Indian journal of veterinary science and animal husbandry - Volume 1,
Year: 1931
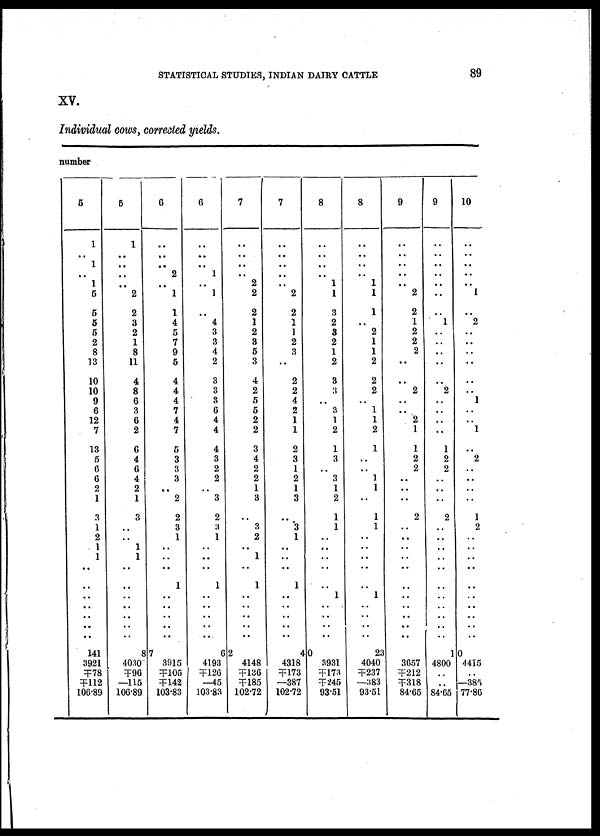
STATISTICAL STUDIES, INDIAN DAIRY CATTLE
89
XV.
Individual cows, corrected yields.
number
5
1
1
1
5
5
5
5
2
8
13
10
10
9
6
12
7
13
5
6
6
2
1
3
1
2
1
1
..
..
..
..
..
..
..
141
3921
╤78
╤112
106.89
5
1
..
..
2
2
3
2
1
8
11
4
8
6
3
6
2
6
4
6
4
2
1
3
..
..
1
1
..
..
..
..
..
..
8
4030
╤96
—115
106.89
6
..
.. 2
..
1
1
4
5
7
9
5
4
4
4
7
4
7
5
3
3
3
..
2
2
3
1
..
..
1
..
..
..
..
..
7
3915
╤105
╤142
103.83
6
..
1
..
1
4
3
3
4
2
3
3
3
6
4
4
4
3
2
2
..
3
2
3
1
..
..
..
1
..
..
..
..
..
6
4193
╤126
—45
103.83
7
..
..
.. 2
2
2
1
2
3
5
3
4
2
5
5
2
2
3
4
2
2
1
3
..
3
2
..
1
..
1
..
..
..
..
..
2
4148
╤136
╤185
102.72
7
..
..
..
2
2
1
1
2
3
..
2
2
4
2
1
1
2
3
1
2
1
3
3
1
..
..
..
1
..
..
..
..
..
4
4318
╤173
—387
102.72
8
..
..
1
1
3
2
3
2
1
2
3
3
..
3
1
2
1
3
..
3
1
2
1
1
..
..
..
..
..
1
..
..
..
..
0
3931
╤173
╤245
93.51
8
..
..
1
1
1
..
2
1
1
2
2
2
..
1
1
2
1
..
..
1
1
..
1
1
..
..
..
..
..
1
..
..
..
..
23
4040
╤237
—383
93.51
9
..
..
..
2
2
1
2
2
2
..
..
2
.,
,.
2
1
1
2
2
..
..
..
2
..
..
..
..
..
..
..
..
..
..
..
..
3657
╤212
╤318
84.65
9
..
..
..
..
1
..
..
..
2
..
..
..
1
2
2
..
..
..
2
..
..
..
..
..
..
..
..
..
1
4800
..
..
84.65
10
..
..
..
1
..
2
..
..
..
..
..
1
1
..
2
..
1
2
..
..
..
..
..
..
0
4415
..
—385
77.86